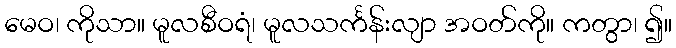
မေဝ၊ ကိုသာ။ မူလစီဝရံ၊ မူလသင်္ကန်းလျာ အဝတ်ကို။ ကတွာ၊ ၍။